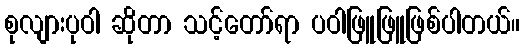
စုလျားပုဝါ ဆိုတာ သင့်တော်ရာ ပဝါဖြူဖြူဖြစ်ပါတယ်။